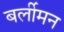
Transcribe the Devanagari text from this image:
बर्लीमन